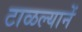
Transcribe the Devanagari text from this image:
टाळल्यानें